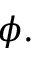
\phi .